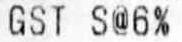
GST S@6%